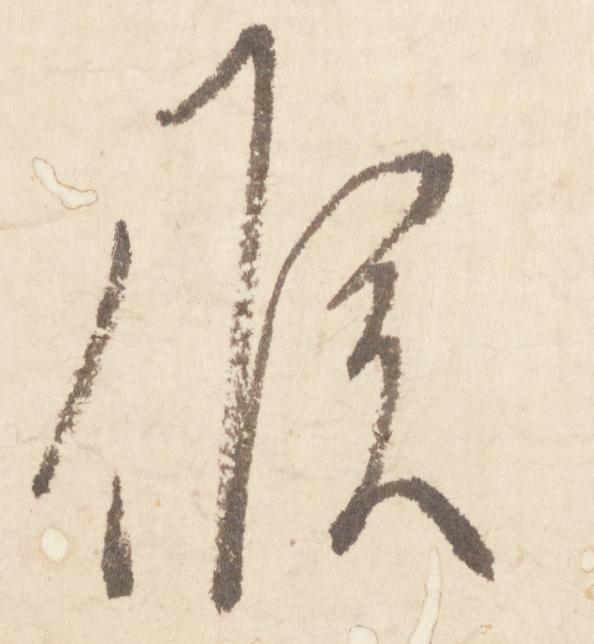
候